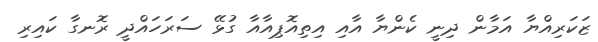
ޒަކަރިއްޔާ އަމާން ދިނީ ކެންޔާ އާއި އިތިއޮޕިއާއާ ގުޅޭ ސަރަހައްދީ ރޮނގާ ކައިރި